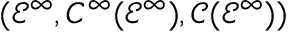
( { \mathcal { E } } ^ { \infty } , C ^ { \infty } ( { \mathcal { E } } ^ { \infty } ) , { \mathcal { C } } ( { \mathcal { E } } ^ { \infty } ) )